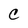
Character: C